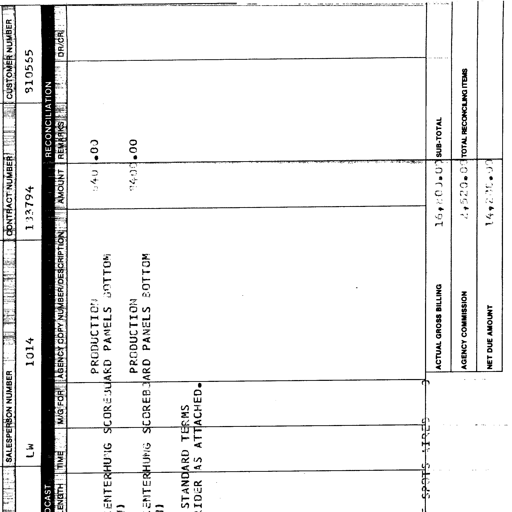
transcription: SALESPERSON NUMBER
LW
1014
CONTRACT NUMBER
133794
CUSTOMER NUMBER
310555
RECONCILIATION
LENGTH TIME M/G FOR AGENCY COPY NUMBER/DESCRIPTION AMOUNT REMARKS DR/CR
PRODUCTION 540.00
CENTERHUNG SCOREBOARD PANELS BOTTOM
PRODUCTION 3400.00
CENTERHUNG SCOREBOARD PANELS BOTTOM
STANDARD TERMS
RIDER AS ATTACHED.
SPOTS AIRED
ACTUAL GROSS BILLING 16,800.00 SUB-TOTAL
AGENCY COMMISSION 2,520.00 TOTAL RECONCILING ITEMS
NET DUE AMOUNT 14,280.00